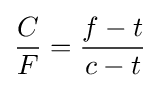
{\frac {C}{F}}={\frac {f-t}{c-t}}